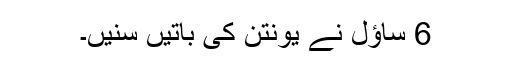
6 ساؤل نے یونتن کی باتیں سنیں۔